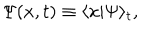
LaTeX: \Psi ( x , t ) \equiv \langle x | \Psi \rangle _ { t } ,